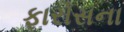
ફારોસના